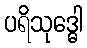
ပရိသုဒ္ဓေါ